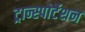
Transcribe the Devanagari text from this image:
ट्रान्स्पोर्टेशन